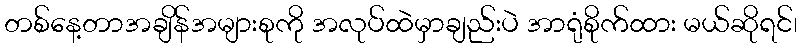
တစ်နေ့တာအချိန်အများစုကို အလုပ်ထဲမှာချည်းပဲ အာရုံစိုက်ထား မယ်ဆိုရင်၊